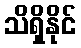
သိရှိနိုင်